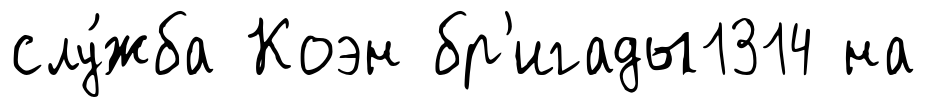
слу́жба Коэн бр'игады1314 на